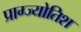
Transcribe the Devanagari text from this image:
प्राग्ज्योतिश